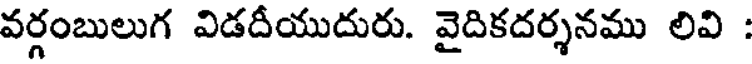
వర్గంబులుగ విడదీయుదురు. వైదికదర్శనము లివి :